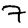
Digit: 7